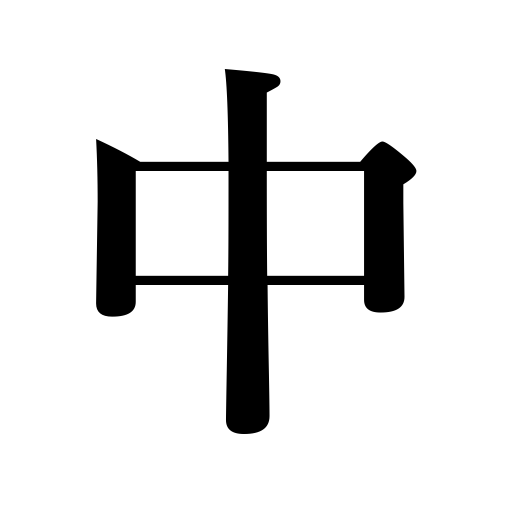
Meanings: average,inside,midst,midway,golden mean,center,middle course,interior,medium,mean,middle,second volume of three,mediocrity